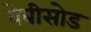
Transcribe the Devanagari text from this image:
वेबीसोड